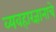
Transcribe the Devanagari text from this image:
व्यवहारज्ञानाचे